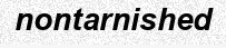
nontarnished